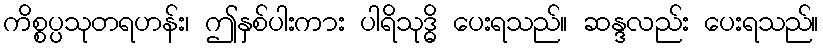
ကိစ္စပ္ပသုတရဟန်း၊ ဤနှစ်ပါးကား ပါရိသုဒ္ဓိ ပေးရသည်။ ဆန္ဒလည်း ပေးရသည်။